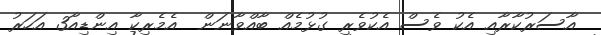
އާސަރުކާރާއި އެކު ވެސް އެކުވެރި ގުޅުމެއް ބާއްވާނަން  އެމެރިކާ އިންޑިއާ3 އަހަރު